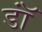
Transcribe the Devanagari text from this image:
डॉं